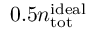
0 . 5 n _ { \mathrm { t o t } } ^ { \mathrm { i d e a l } }